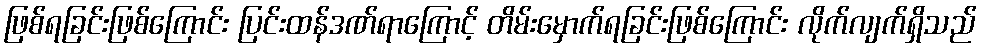
ဖြစ်ရခြင်းဖြစ်ကြောင်း ပြင်းထန်ဒဏ်ရာကြောင့် တိမ်းမှောက်ရခြင်းဖြစ်ကြောင်း လိုက်လျက်ရှိသည်